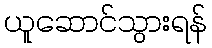
ယူဆောင်သွားရန်